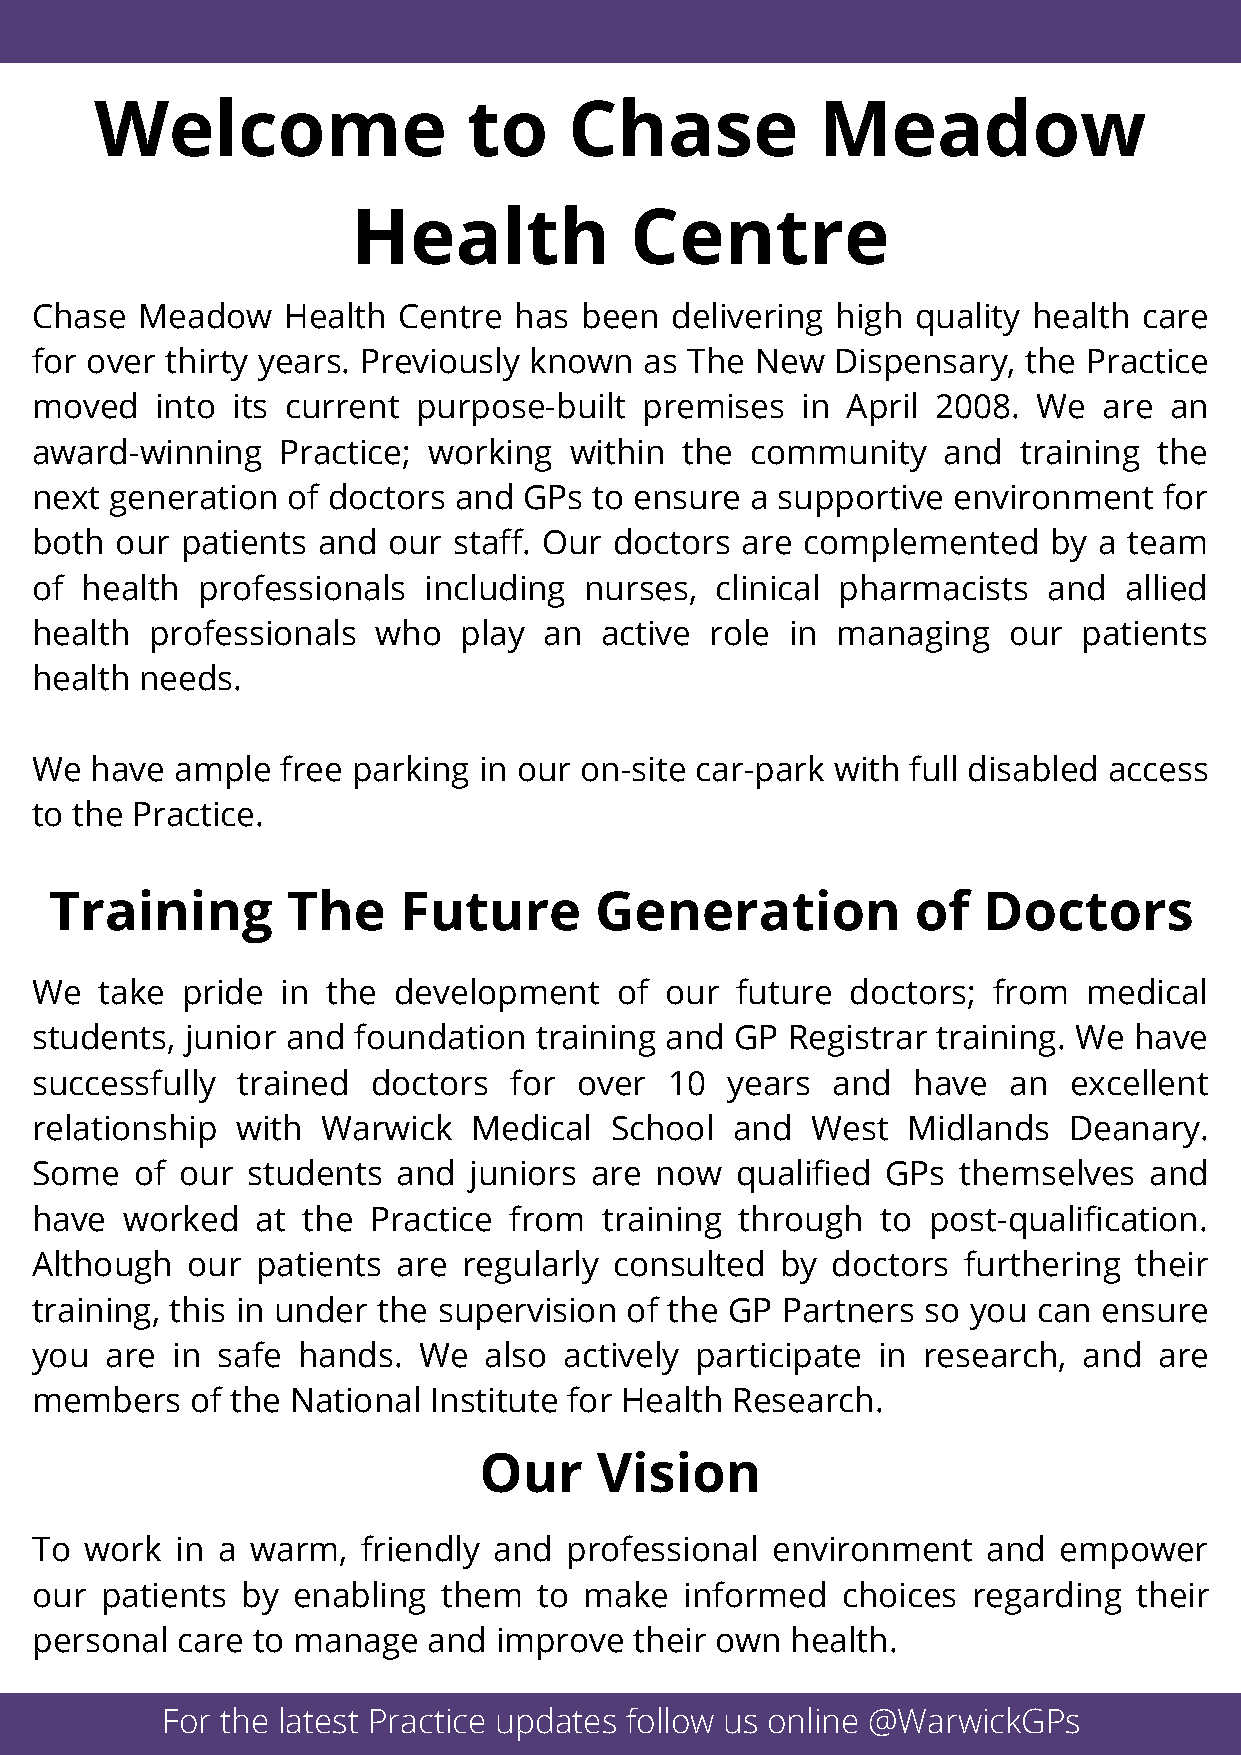
Welcome                  to     Chase           Meadow
 Health             Centre
 Chase  Meadow    Health Centre  has been  delivering high  quality health care
 for over thirty years. Previously known  as The New  Dispensary,  the Practice
 moved   into its current  purpose-built premises   in April 2008.  We  are an
 award-winning   Practice; working   within the  community   and   training the
 next generation  of doctors and  GPs to ensure  a supportive environment   for
 both  our patients and  our staff. Our doctors are complemented    by  a team
 of health  professionals  including  nurses, clinical pharmacists  and  allied
 health  professionals  who  play  an  active role in managing    our  patients
 health needs.
 We  have  ample  free parking in our on-site car-park with full disabled access
 to the Practice.
 Training        The    Future       Generation            of  Doctors
 We  take  pride  in the development    of our  future doctors;  from  medical
 students, junior and foundation  training and  GP Registrar training. We have
 successfully  trained  doctors  for over  10  years  and  have   an  excellent
 relationship  with Warwick   Medical  School   and  West  Midlands   Deanary.
 Some   of our students  and  juniors are now   qualified GPs themselves   and
 have  worked   at the Practice  from  training through  to post-qualification.
 Although  our  patients are  regularly consulted  by doctors  furthering their
 training, this in under the supervision of the GP Partners so you  can ensure
 you  are in safe  hands.  We  also actively participate in research,  and  are
 members    of the National Institute for Health Research.
 Our     Vision
 To  work  in a warm,  friendly and professional  environment   and  empower
 our  patients by enabling  them   to make  informed   choices regarding  their
 personal  care to manage  and  improve  their own health.
 For the latest Practice updates follow us online @WarwickGPs